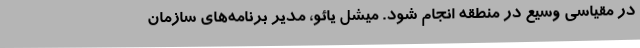
در مقیاسی وسیع در منطقه انجام شود. میشل یائو، مدیر برنامه‌های سازمان